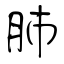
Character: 肺